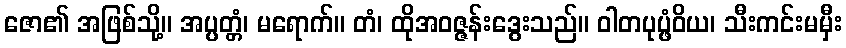
ဇော၏ အဖြစ်သို့။ အပ္ပတ္တံ၊ မရောက်။ တံ၊ ထိုအဝဇ္ဇန်းဒွေးသည်။ ဝါတပုပ္ဖံဝိယ၊ သီးကင်းမမှီး